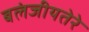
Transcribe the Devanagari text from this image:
बलंजीयतेरे